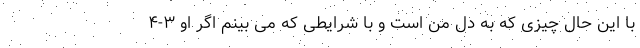
با این حال چیزی که به دل من است و با شرایطی که می بینم اگر او ۳-۴